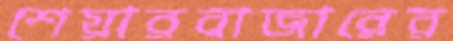
শেয়ারবাজারের